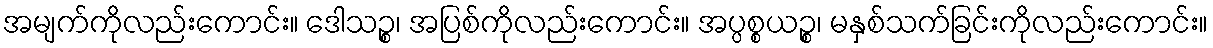
အမျက်ကိုလည်းကောင်း။ ဒေါသဉ္စ၊ အပြစ်ကိုလည်းကောင်း။ အပ္ပစ္စယဉ္စ၊ မနှစ်သက်ခြင်းကိုလည်းကောင်း။